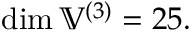
\dim \mathbb { V } ^ { ( 3 ) } = 2 5 .